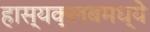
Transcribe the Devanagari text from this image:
हास्यक्लबमध्ये